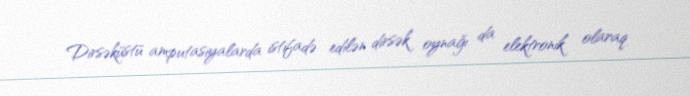
Dirsəküstü amputasiyalarda istifadə edilən dirsək oynağı da elektronik olaraq